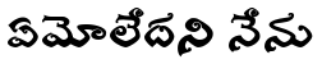
ఏమోలేదని నేను